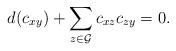
LaTeX: \begin{align*} d(c_{xy})+\sum_{z\in\mathcal{G}} c_{xz}c_{zy}=0. \end{align*}